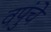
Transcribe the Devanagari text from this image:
वपुंचे